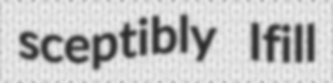
sceptibly Ifill